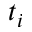
t _ { i }